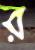
র